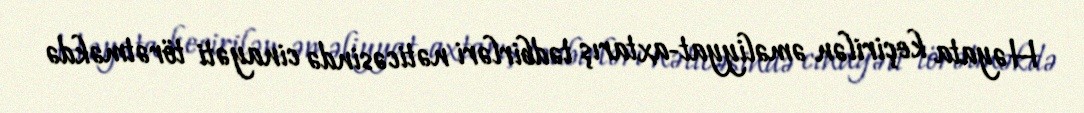
Həyata keçirilən əməliyyat-axtarış tədbirləri nəticəsində cinayəti törətməkdə